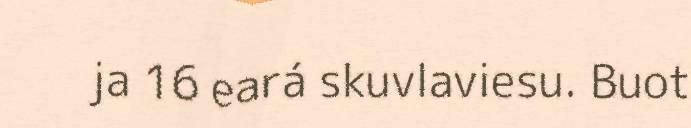
ja 16 eará skuvlaviesu. Buot